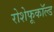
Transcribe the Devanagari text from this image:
रोशेफूकॉल्ड